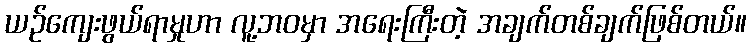
ယဉ်ကျေးဖွယ်ရာမှုဟာ လူ့ဘဝမှာ အရေးကြီးတဲ့ အချက်တစ်ချက်ဖြစ်တယ်။